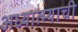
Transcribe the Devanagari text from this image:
अध्यात्म्याची